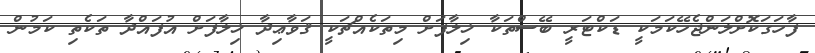
ފާހަގަކޮށްލަންޖެހޭކަމަކީ ޑަކްޓަރީ ބޭސްތަކާ ޚިލާފަށް މިތަކެއްޗަކީ ޤަވާޢިދާ ޚިލާފަށް އުފައްދާ ތަކެތި ކަމުން